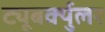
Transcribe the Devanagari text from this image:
ट्यूबर्क्युलर